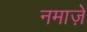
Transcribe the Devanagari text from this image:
नमाज़े